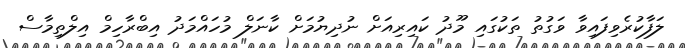
ލަފާކުރެވިފައިވާ ވަގުތު ތަކުގައި މޫދު ކައިރިއަށް ނުދިޔުމަށް ކާނަލް މުހައްމަދު އިބްރާހިމް އިލްތިމާސް